Report of cholera committee
Disease focus: Cholera
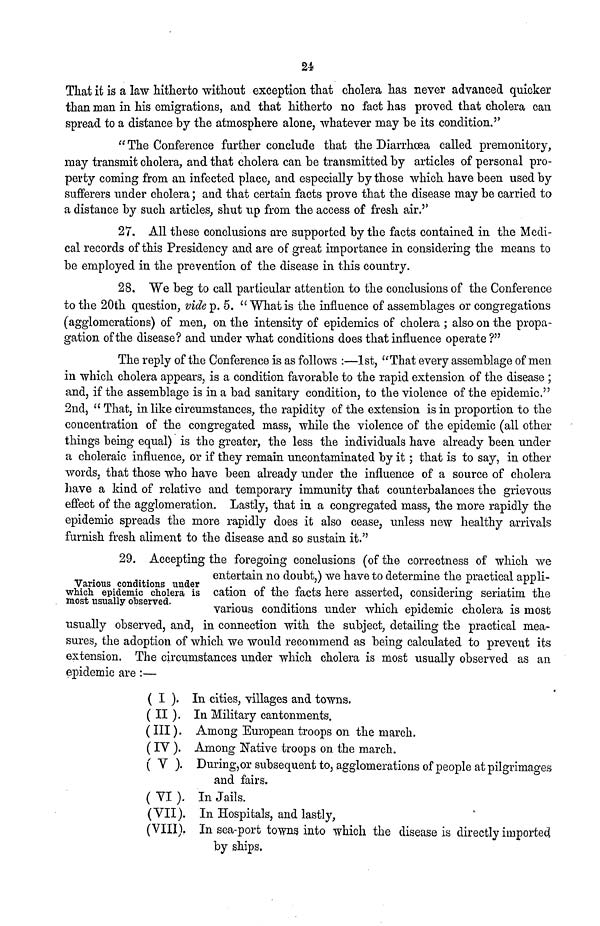
24
That it is a law hitherto without exception that cholera has never advanced quicker
than man in his emigrations, and that hitherto no fact has proved that cholera can
spread to a distance by the atmosphere alone, whatever may "be its condition."
" The Conference further conclude that the Diarrhoea called premonitory,
may transmit cholera, and that cholera can be transmitted by articles of personal pro-
perty coming from an infected place, and especially by those which have been used by
sufferers under cholera; and that certain facts prove that the disease may be carried to
a distance by such articles, shut up from the access of fresh air.''
27. All these conclusions are supported by the facts contained in the Medi-
cal records of this Presidency and are of great importance in considering the means to
be employed in the prevention of the disease in this country.
28. "We beg to call particular attention to the conclusions of the Conference
to the 20th question, vide p. 5. "What is the influence of assemblages or congregations
(agglomerations) of men, on the intensity of epidemics of cholera ; also on the propa-
gation of the disease? and under what conditions does that influence operate ?"
The reply of the Conference is as follows :—1st, "That every assemblage of men
in which cholera appears, is a condition favorable to the rapid extension of the disease ;
and, if the assemblage is in a bad sanitary condition, to the violence of the epidemic."
2nd, " That, in like circumstances, the rapidity of the extension is in proportion to the
concentration of the congregated mass, while the violence of the epidemic (all other
things being equal) is the greater, the less the individuals have already been under
a choleraic influence, or if they remain uncontaminated by it ; that is to say, in other
words, that those who have been already under the influence of a source of cholera
have a kind of relative and temporary immunity that counterbalances the grievous
effect of the agglomeration. Lastly, that in a congregated mass, the more rapidly the
epidemic spreads the more rapidly does it also cease, unless new healthy arrivals
furnish fresh aliment to the disease and so sustain it."
29. Accepting the foregoing conclusions (of the correctness of which we
entertain no doubt,) we have to determine the practical appli-
Various conditions under
which epidemic cholera is cation of the tacts here asserted, considering seriatim the
most usually observed.
various conditions under which epidemic cholera is most
usually observed, and, in connection with the subject, detailing the practical mea-
sures, the adoption of which we would recommend as being calculated to prevent its
extension. The circumstances under which cholera is most usually observed as an
epidemic are :—
( I ). In cities, villages and towns.
( II ). In Military cantonments.
(III). Among European troops on the march.
(IV ). Among Native troops on the march.
( V ). During, or subsequent to, agglomerations of people at pilgrimages
and fairs.
( VI ). In Jails.
(VII). In Hospitals, and lastly,
(VIII). In sea-port towns into which the disease is directly imported
by ships.